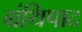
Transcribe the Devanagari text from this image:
ग्रंथिपाद